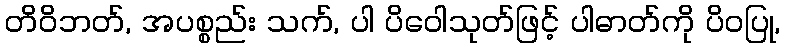
တိဝိဘတ်, အပစ္စည်း သက်, ပါ ပိဝေါသုတ်ဖြင့် ပါဓာတ်ကို ပိဝပြု,